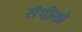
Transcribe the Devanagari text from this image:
सँपीयो